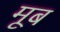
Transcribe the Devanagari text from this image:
मूब